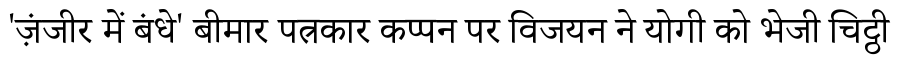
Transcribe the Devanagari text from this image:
'ज़ंजीर में बंधे' बीमार पत्रकार कप्पन पर विजयन ने योगी को भेजी चिट्ठी